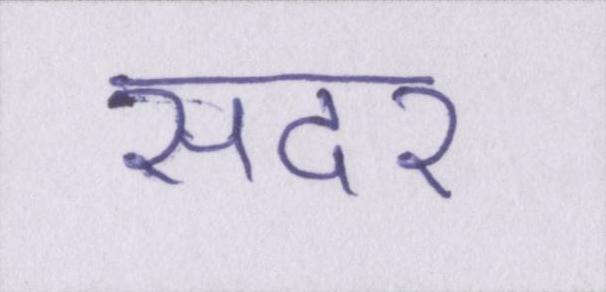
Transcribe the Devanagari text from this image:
सदर